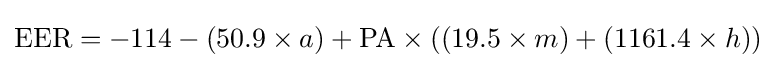
{\text{EER}}=-114-(50.9\times a)+{\text{PA}}\times ((19.5\times m)+(1161.4\times h))